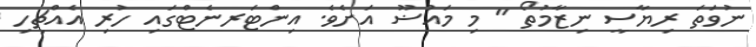
ނުވަތަ ރިޔާސީ ނިޒާމުތޯ " މި މައުޟޫ އަށެވެ. އިންޓަރނެޓްގައި ހުރި އެއްޗިހި